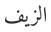
الزيف